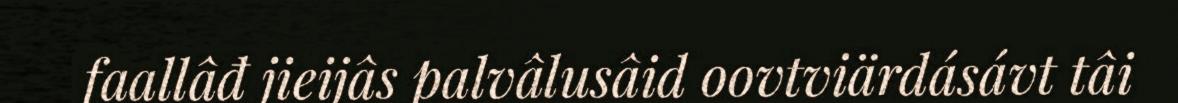
faallâđ jieijâs palvâlusâid oovtviärdásávt tâi